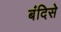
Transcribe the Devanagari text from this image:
बंदिसे